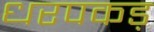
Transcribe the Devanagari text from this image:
धरपकड़